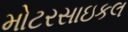
મોટરસાઇકલ